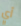
أي